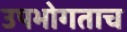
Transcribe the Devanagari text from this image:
उपभोगताच